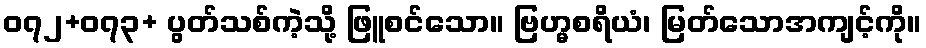
၀၇၂+၀၇၃+ ပွတ်သစ်ကဲ့သို့ ဖြူစင်သော။ ဗြဟ္မစရိယံ၊ မြတ်သောအကျင့်ကို။